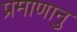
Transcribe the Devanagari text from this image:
प्रमाणानु